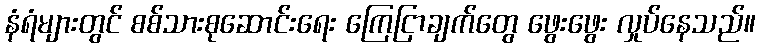
နံရံများတွင် စစ်သားစုဆောင်းရေး ကြေငြာချက်တွေ ဖွေးဖွေး လှုပ်နေသည်။